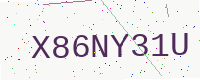
Text: X86NY31U